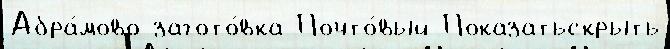
Абра́мово загото́вка Почто́вый Показатьскрыть